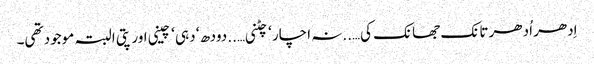
اِدھر اُدھر تانک جھانک کی…..نہ اچار ‘ چٹنی…..دودھ ‘ دہی ‘ چینی اور پتی البتہ موجود تھی۔